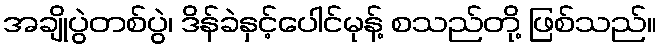
အချိုပွဲတစ်ပွဲ၊ ဒိန်ခဲနှင့်ပေါင်မုန့် စသည်တို့ ဖြစ်သည်။